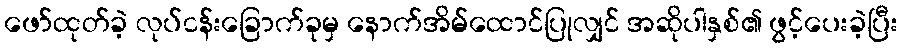
ဖော်ထုတ်ခဲ့ လုပ်ငန်းခြောက်ခုမှ နောက်အိမ်ထောင်ပြုလျှင် အဆိုပါနှစ်၏ ဖွင့်ပေးခဲ့ပြီး